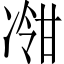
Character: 𫥕